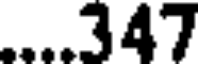
...347